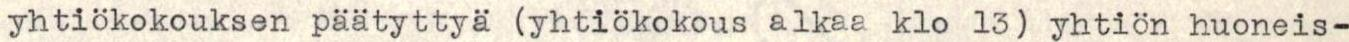
yhtiökokouksen päätyttyä (yhtiökokous alkaa klo 13) yhtiön huoneis-